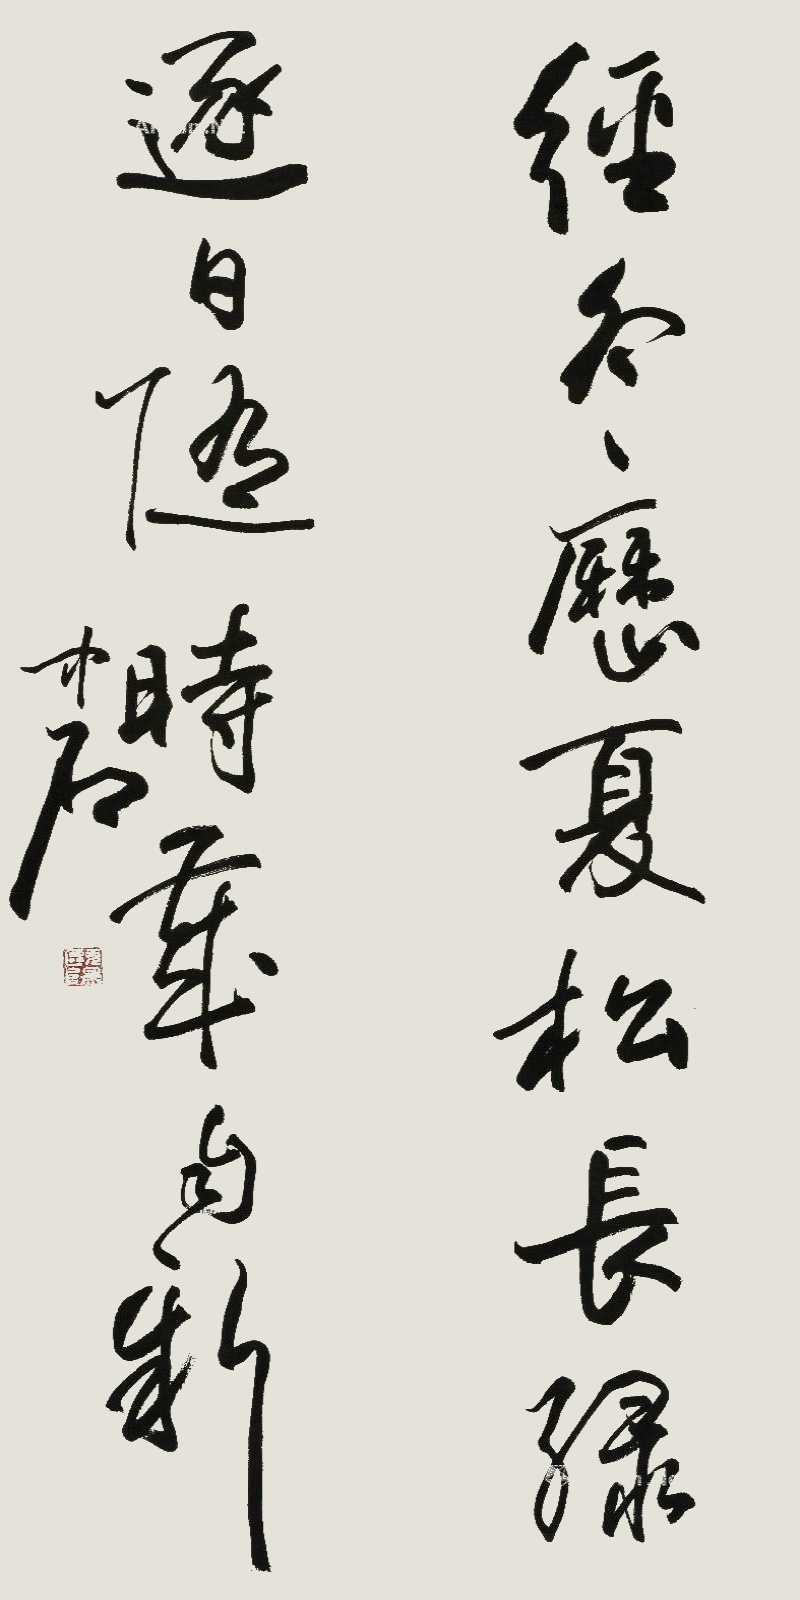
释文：经冬历夏松长绿，逐日随时岁自新。中石。